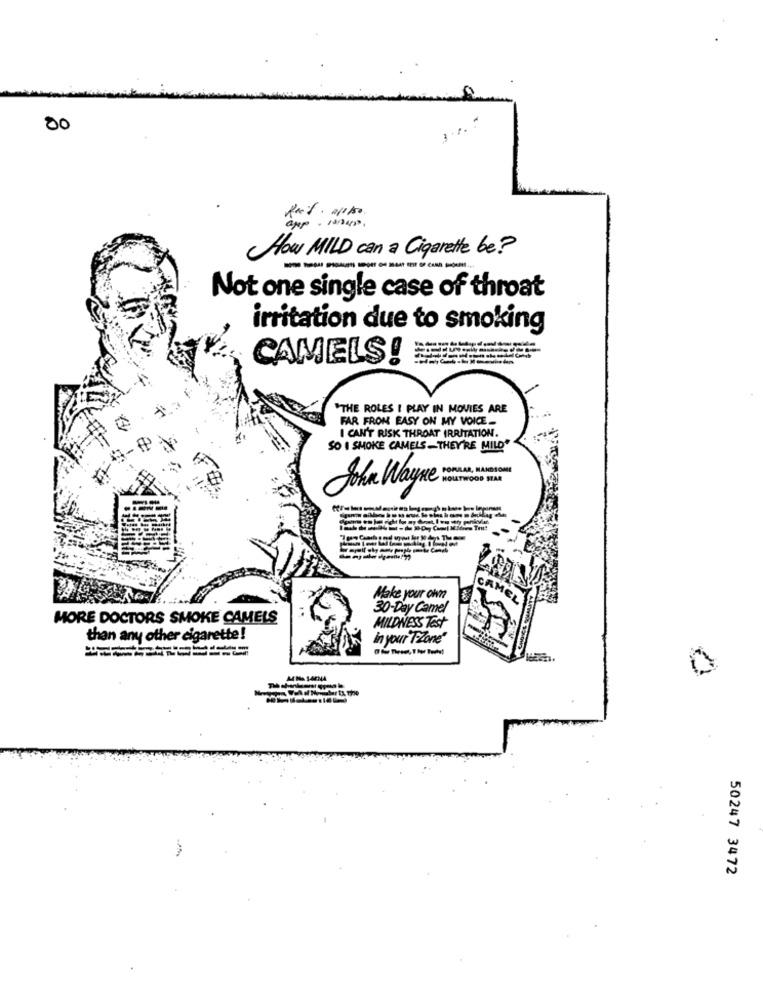
00
app. ing .
How MILD can a Cigarette be?
----------
Not one single case of throat
irritation due to smoking
CAMELS!
THE ROLES I PLAY IN MOVIES ARE
FAR FROM EASY ON MY VOICE --
I CAN'T RISK THROAT IRRITATION.
SO I SMOKE CAMELS-THEY'RE MILD"
POPULAR, HANDSOME
HOLLYWOOD STAR
John Wayne
Make your own
CAMEL
30-Day Camel
MORE DOCTORS SMOKE CAMELS
MILDNESS Test
than any other cigarette!
in your T-Zone"
50247 3472